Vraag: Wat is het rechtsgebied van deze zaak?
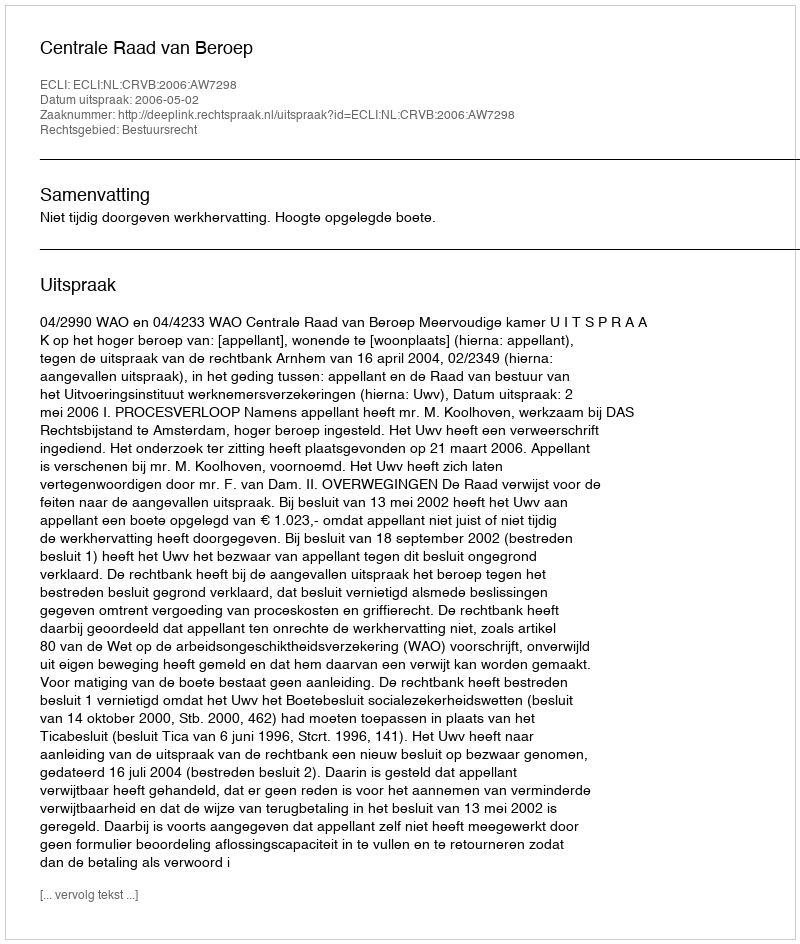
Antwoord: Bestuursrecht